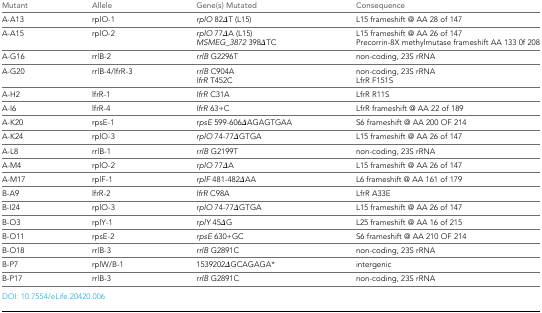
| Mutant | Allele | Gene(s) Mutated | Consequence |
 | --- | --- | --- | --- |
 | A-A13 | rplO-1 | rplO 82ΔT (L15) | L15 frameshift @ AA 28 of 147 |
 | A-A15 | rplO-2 | rplO 77ΔA (L15)MSMEG_3872 398ΔTC | L15 frameshift @ AA 26 of 147Precorrin-8X methylmutase frameshift AA 133 0f 208 |
 | A-G16 | rrlB-2 | rrlB G2296T | non-coding, 23S rRNA |
 | A-G20 | rrlB-4/lfrR-3 | rrlB C904AlfrR T452C | non-coding, 23S rRNALfrR F151S |
 | A-H2 | lfrR-1 | lfrR C31A | LfrR R11S |
 | A-I6 | lfrR-4 | lfrR 63+C | LfrR frameshift @ AA 22 of 189 |
 | A-K20 | rpsE-1 | rpsE 599-606ΔAGAGTGAA | S6 frameshift @ AA 200 OF 214 |
 | A-K24 | rplO-3 | rplO 74-77ΔGTGA | L15 frameshift @ AA 26 of 147 |
 | A-L8 | rrlB-1 | rrlB G2199T | non-coding, 23S rRNA |
 | A-M4 | rplO-2 | rplO 77ΔA | L15 frameshift @ AA 26 of 147 |
 | A-M17 | rplF-1 | rplF 481-482ΔAA | L6 frameshift @ AA 161 of 179 |
 | B-A9 | lfrR-2 | lfrR C98A | LfrR A33E |
 | B-I24 | rplO-3 | rplO 74-77ΔGTGA | L15 frameshift @ AA 26 of 147 |
 | B-O3 | rplY-1 | rplY 45ΔG | L25 frameshift @ AA 16 of 215 |
 | B-O11 | rpsE-2 | rpsE 630+GC | S6 frameshift @ AA 210 OF 214 |
 | B-O18 | rrlB-3 | rrlB G2891C | non-coding, 23S rRNA |
 | B-P7 | rplW/B-1 | 1539202ΔGCAGAGA* | intergenic |
 | B-P17 | rrlB-3 | rrlB G2891C | non-coding, 23S rRNA |